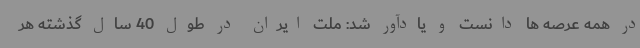
در همه عرصه ها دانست و یادآور شد: ملت ایران در طول 40 سال گذشته هر